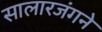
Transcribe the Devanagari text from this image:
सालारजंगने